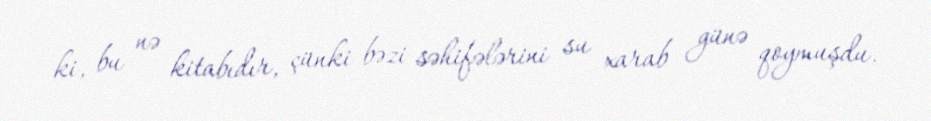
ki, bu nə kitabıdır, çünki bəzi səhifələrini su xarab günə qoymuşdu.